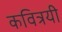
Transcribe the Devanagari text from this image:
कवित्रयी